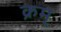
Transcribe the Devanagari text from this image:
क्रम्